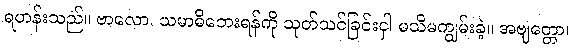
ရဟန်းသည်။ ဗာလော၊ သမာဓိဘေးရန်ကို သုတ်သင်ခြင်းငှါ မသိမကျွမ်းခဲ့။ အဗျတ္တော၊